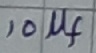
Text: 10µf